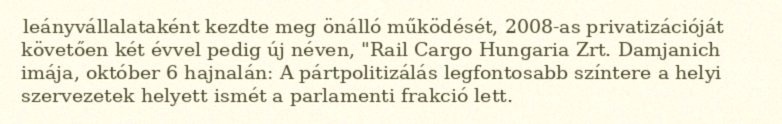
leányvállalataként kezdte meg önálló működését, 2008-as privatizációját követően két évvel pedig új néven, "Rail Cargo Hungaria Zrt. Damjanich imája, október 6 hajnalán: A pártpolitizálás legfontosabb színtere a helyi szervezetek helyett ismét a parlamenti frakció lett.